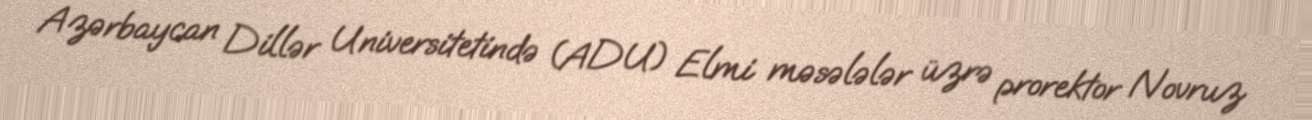
Azərbaycan Dillər Universitetində (ADU) Elmi məsələlər üzrə prorektor Novruz